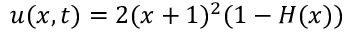
u ( x , t ) = 2 ( x + 1 ) ^ { 2 } ( 1 - H ( x ) )